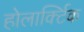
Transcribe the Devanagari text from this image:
होलार्क्टिक